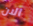
الان